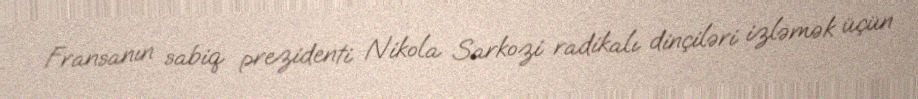
Fransanın sabiq prezidenti Nikola Sarkozi radikalı dinçiləri izləmək üçün